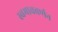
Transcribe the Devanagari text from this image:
स्वभाववर्णन